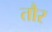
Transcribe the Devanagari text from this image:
तौर